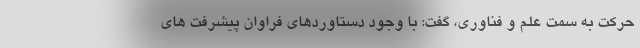
حرکت به سمت علم و فناوری، گفت: با وجود دستاوردهای فراوان پیشرفت های